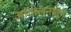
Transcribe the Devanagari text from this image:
आंदोलनांतून